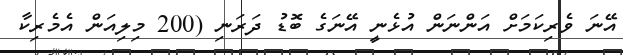
އޭނަ ވެރިކަމަށް އަންނަން އުޅެނީ އޭނަގެ ބޮޑު ދަރަނި (200 މިލިއަން އެމެރިކާ